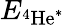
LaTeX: E_{^4\mathrm{He}^{*}}